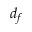
d _ { f }